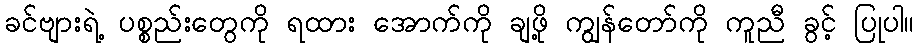
ခင်ဗျားရဲ့ ပစ္စည်းတွေကို ရထား အောက်ကို ချဖို့ ကျွန်တော်ကို ကူညီ ခွင့် ပြုပါ။